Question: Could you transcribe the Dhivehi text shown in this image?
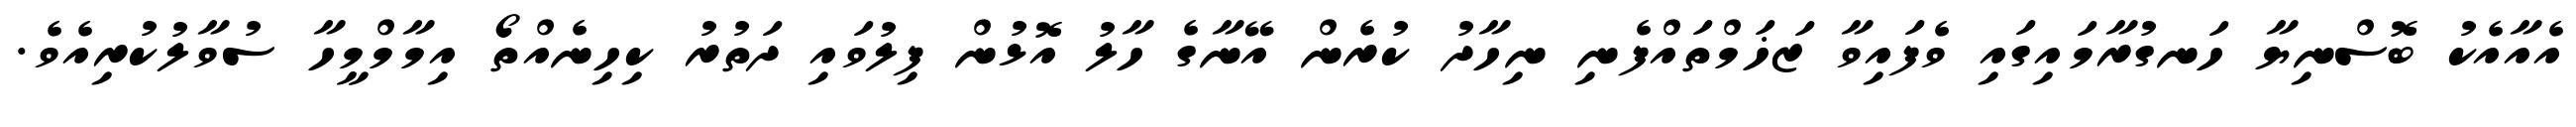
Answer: އެއާއެކު ބޮސްނިޔާ ހަނގުރާމައިގައި ވެފައިވާ ޒަޚަމްތައްފެނި ނިހާދު ކުރެން އޭނާގެ ހާލު އޮޅުން ފިލުވައި ދަތުރު ކިހިނެއްތޯ އިމާމްމީހާ ސުވާލުކުރިއެވެ.